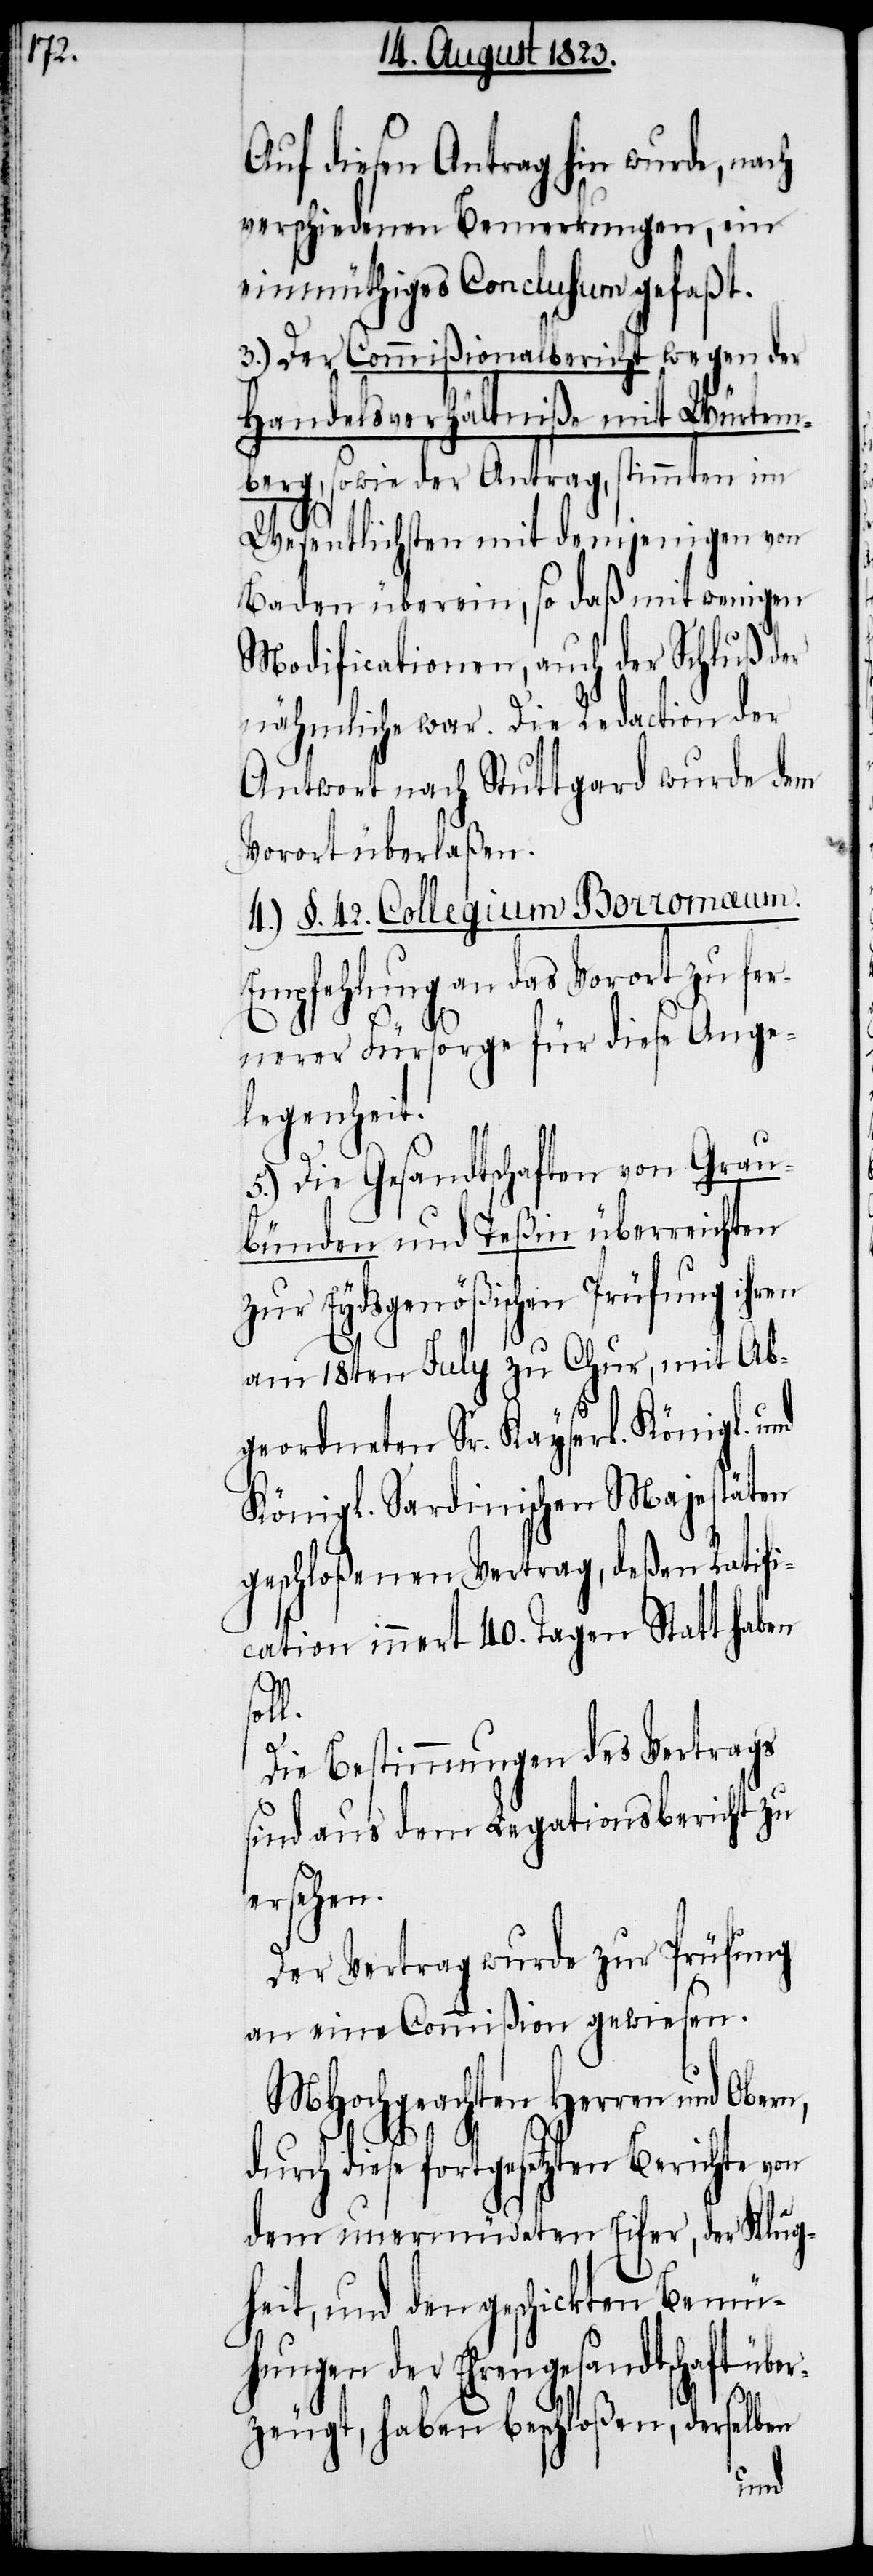
Auf diesen Antrag hin wurde, nach
verschiedenen Bemerkungen, ein
einmüthiges Conclusum gefaßt.
3.) Der Commißionalbericht wegen der
Handelsverhältniße mit Würtem¬
berg, sowie der Antrag, stimmten im
Wesentlichsten mit demjenigen von
Baden überein, so daß mit wenigen
Modificationen, auch der Schluß der
nähmliche war. Die Redaction der
Antwort nach Stuttgard wurde dem
Vorort überlaßen.
4.) §. 42. Collegium Borromaeum.
Empfehlung an das Vorort zu fer¬
nerer Fürsorge für diese Ange¬
legenheit.
5.) Die Gesandtschaften von Grau¬
bünden und Teßin überreichten
zur Eydsgenößischen Prüfung ihren
am 18ten July zu Chur, mit Ab¬
geordneten Sr. Kayserl. Königl. und
Königl. Sardinischen Majestäten
geschloßenen Vertrag, deßen Ratifi¬
cation innert 40. Tagen Statt haben
soll.
Die Bestimmungen des Vertrags
sind aus dem Legationsbericht zu
ersehen.
Der Vertrag wurde zur Prüfung
an eine Commißion gewiesen.
MHochgeachten Herren und Obern,
durch diese fortgesetzten Berichte von
dem unermüdeten Eifer, der Klug¬
heit, und den geschickten Bemü¬
hungen der Ehrengesandtschaft über¬
zeugt, haben beschloßen, derselben